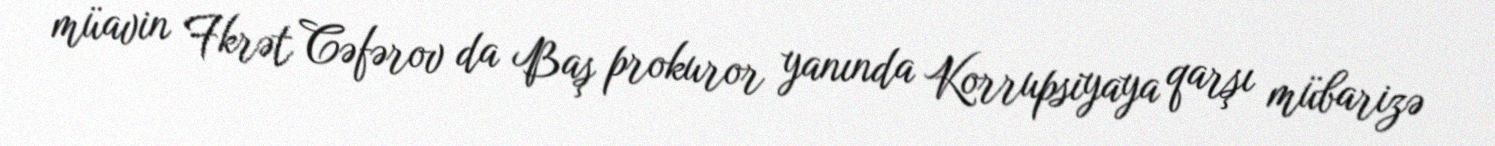
müavin Fkrət Cəfərov da Baş prokuror yanında Korrupsiyaya qarşı mübarizə